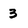
Character: 3